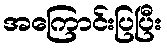
အကြောင်းပြပြီး